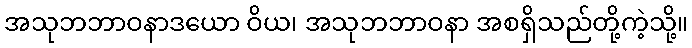
အသုဘဘာဝနာဒယော ဝိယ၊ အသုဘဘာဝနာ အစရှိသည်တို့ကဲ့သို့။